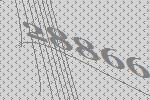
28866